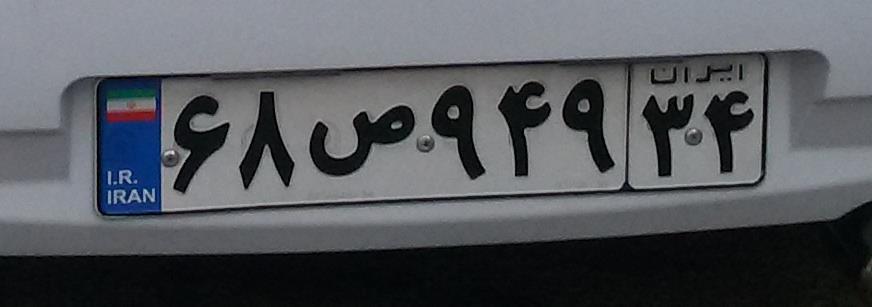
۶۸ص۹۴۹۳۴